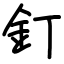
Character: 釘